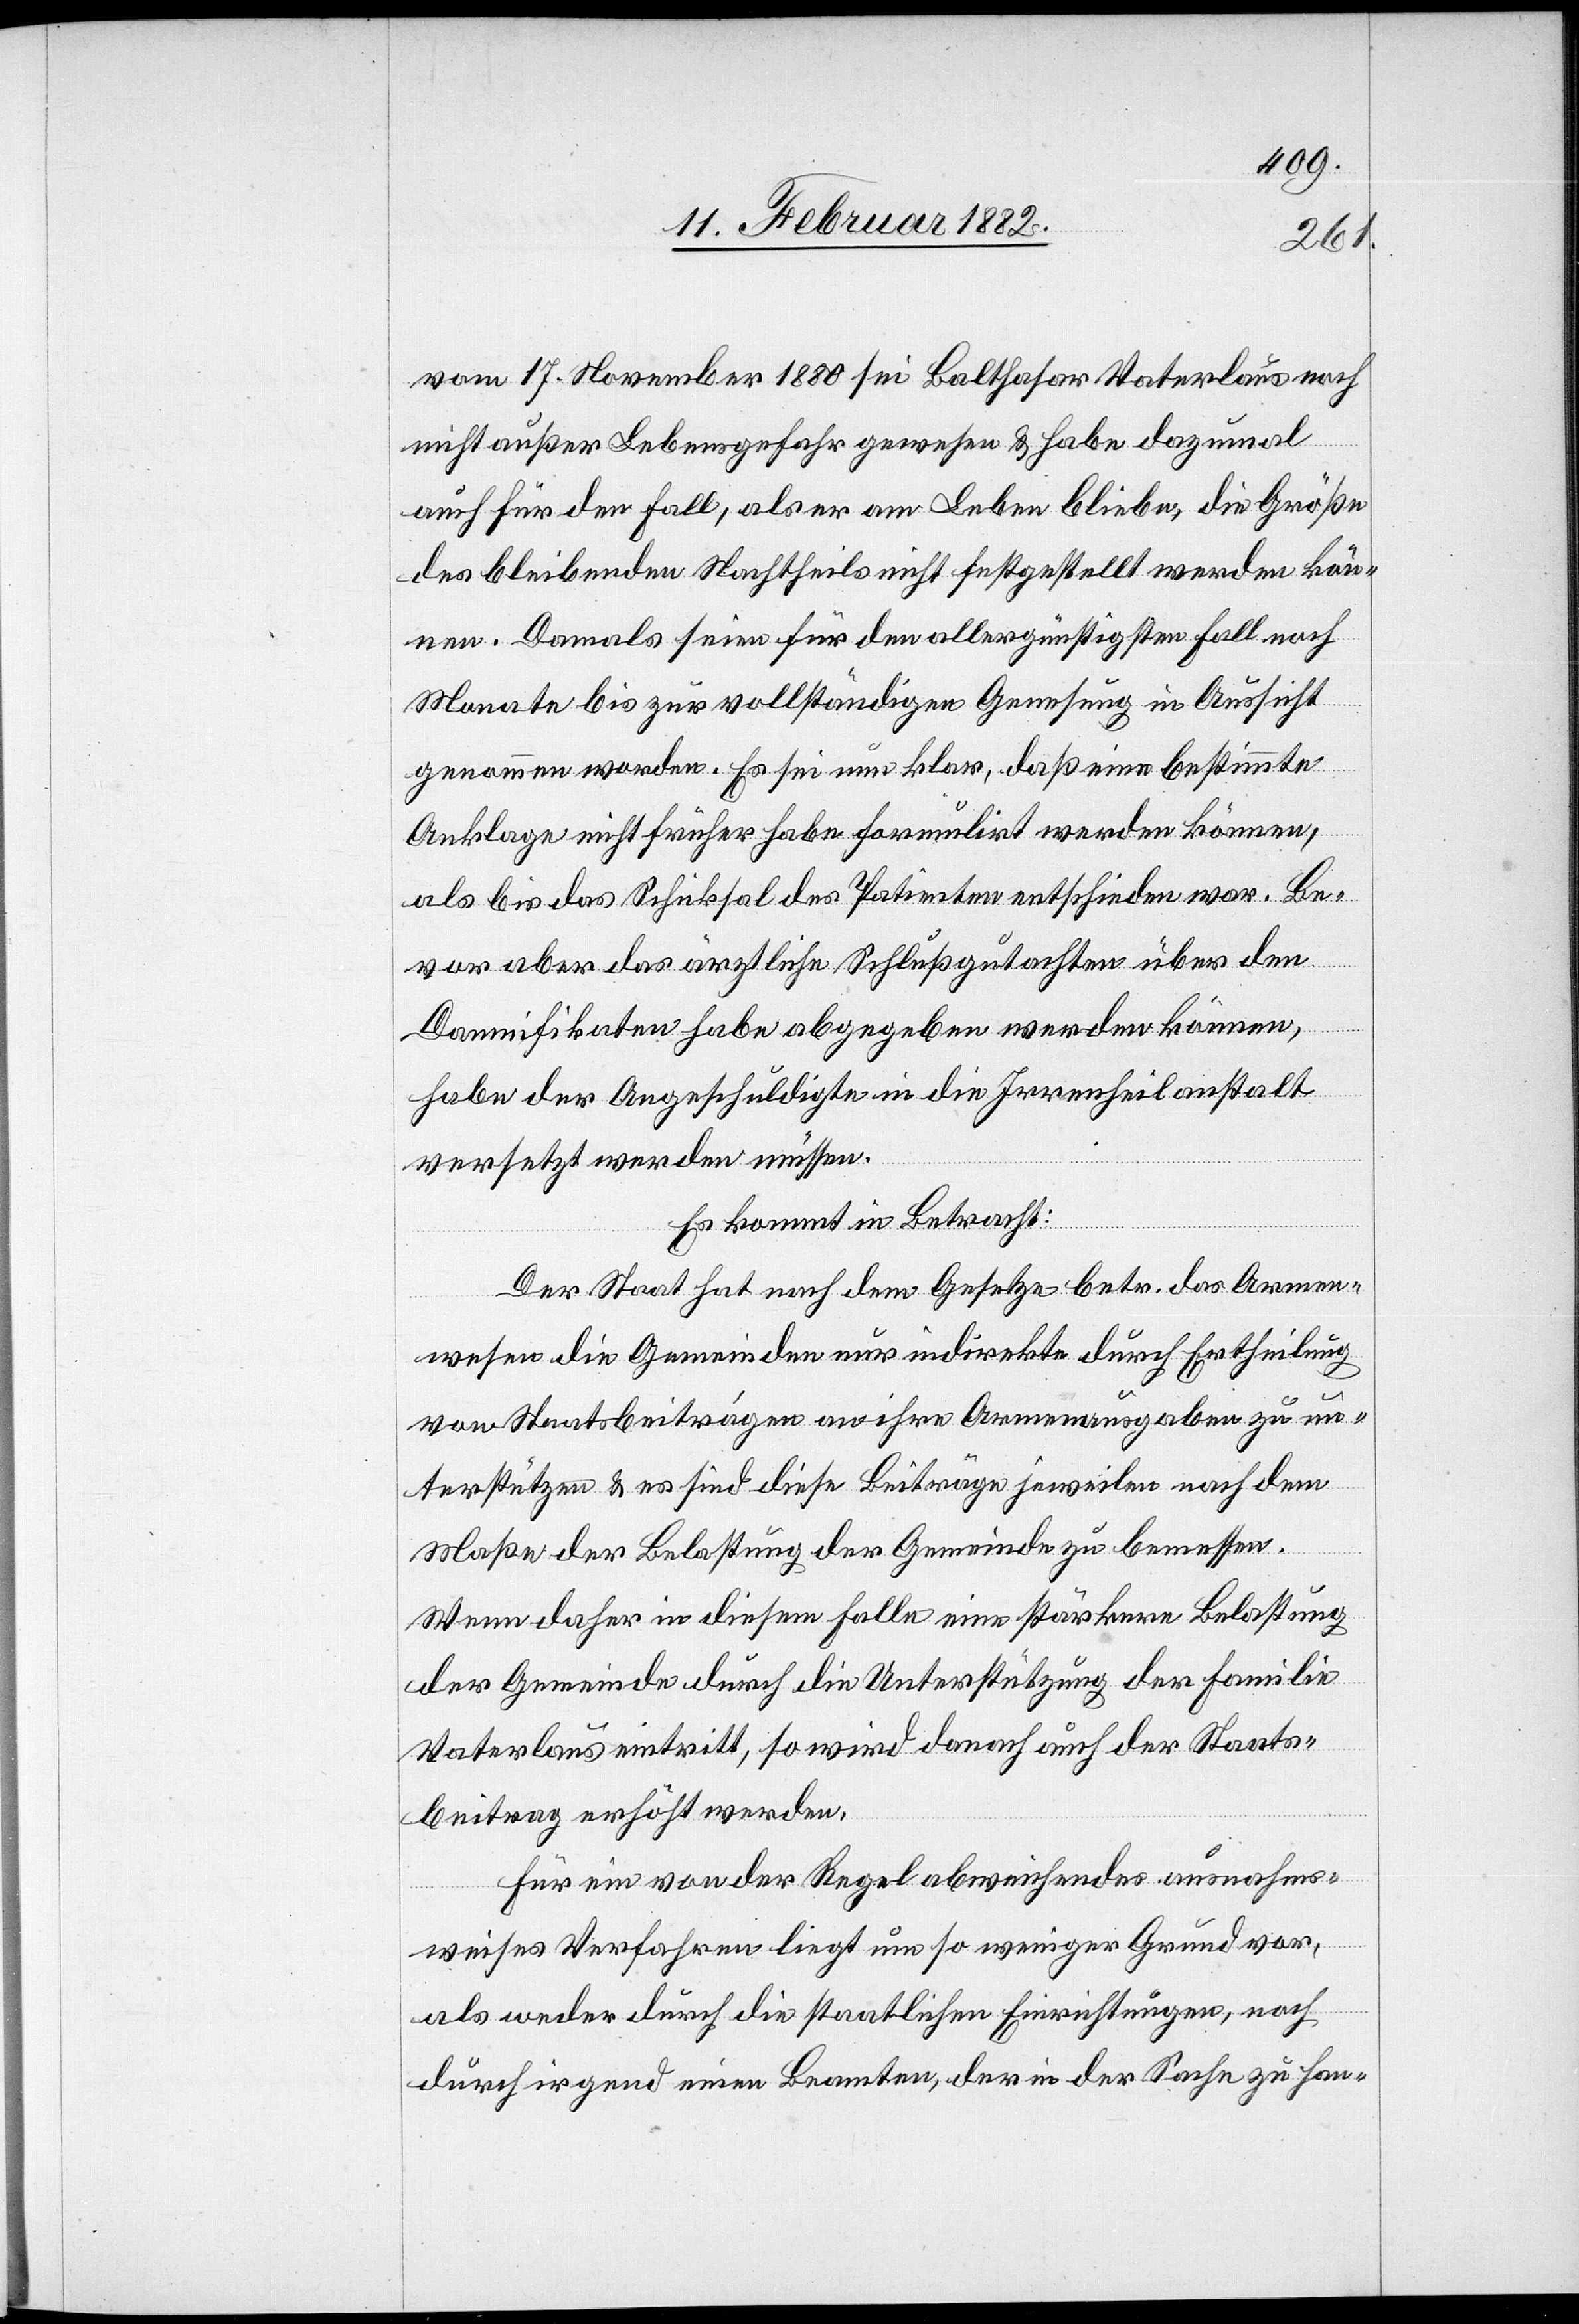
vom 17. November 1880 sei Balthasar Vaterlaus noch
nicht außer Lebensgefahr gewesen & habe dazumal
auch für den Fall, als er am Leben bleibe, die Größe
des bleibenden Nachtheils nicht festgestellt werden kön¬
nen. Damals seinen für den allergünstigsten Fall noch
Monate bis zur vollständigen Genesung in Aussicht
genommen worden. Es sei unklar, daß eine bestimmte
Anklage nicht früher habe formuliert werden können,
als bis das Schiksal des Patienten entschieden war. Be¬
vor aber das ärztliche Schlußgutachten über den
Damnifikaten habe abgegeben werden können,
habe der Angeschuldigte in die Irrenheilanstalt
versetzt werden müssen.
Es kommt in Betracht:
Der Staat hat nach dem Gesetze betr. das Armen¬
wesen die Gemeinden nur indirekt durch Ertheilung
von Staatsbeiträgen an ihre Armenausgaben zu un¬
terstützen & es sind diese Beiträge jeweilen nach dem
Maße der Belastung der Gemeinde zu bemessen.
Wenn daher in diesem Falle eine stärkere Belastung
der Gemeinde durch die Unterstützung der Familie
Vaterlaus eintritt, so wird danach auch der Staats¬
beitrag erhöht werden.
Für ein von der Regel abweichendes ausnahms¬
weises Verfahren liegt um so weniger Grund vor,
als weder durch die staatlichen Einrichtungen, noch
durch irgend einen Beamten, der in der Sache zu han-